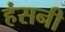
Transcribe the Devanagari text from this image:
हंसनी